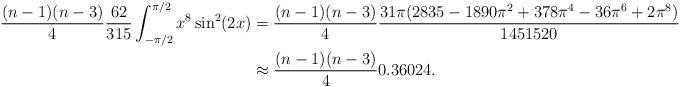
LaTeX: \begin{align*}\frac{(n-1)(n-3)}{4}\frac{62}{315}\int_{-\pi/2}^{\pi/2} x^8\sin^2(2x) &= \frac{(n-1)(n-3)}{4}\frac{31\pi(2835-1890\pi^2+378\pi^4-36\pi^6+2\pi^8)}{1451520}\\&\approx \frac{(n-1)(n-3)}{4}0.36024.\end{align*}